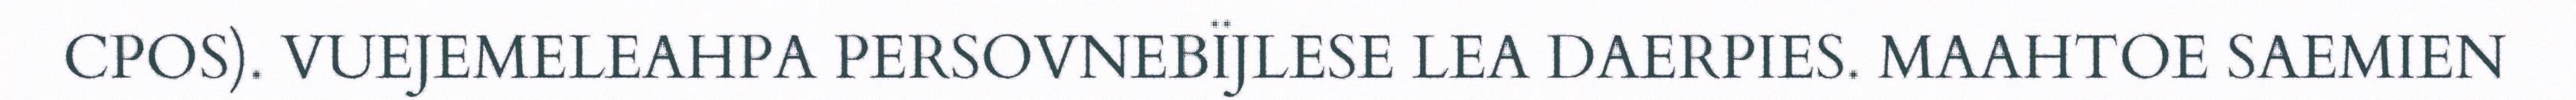
CPOS). VUEJEMELEAHPA PERSOVNEBÏJLESE LEA DAERPIES. MAAHTOE SAEMIEN